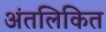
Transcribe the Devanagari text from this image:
अंतलिकित